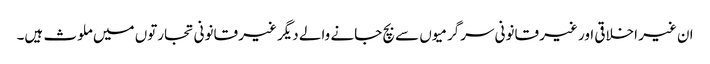
ان غیر اخلاقی اور غیر قانونی سرگرمیوں سے بچ جانے والے دیگر غیر قانونی تجارتوں میں ملوث ہیں۔